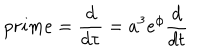
LaTeX: p r i m e = \frac { d } { d \tau } = a ^ { 3 } e ^ { \phi } \frac { d } { d t }